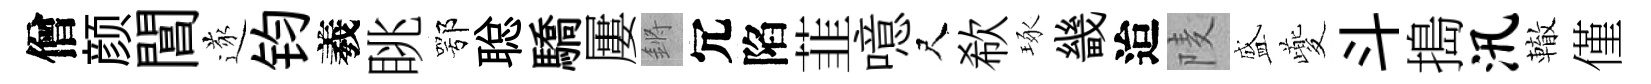
僧颜閶遂钧羲眺鄂聪驕屢鏘冗陷韮噫尺欷琢畿迨𨹧盛夔斗搗汛轍僅